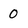
Character: 0